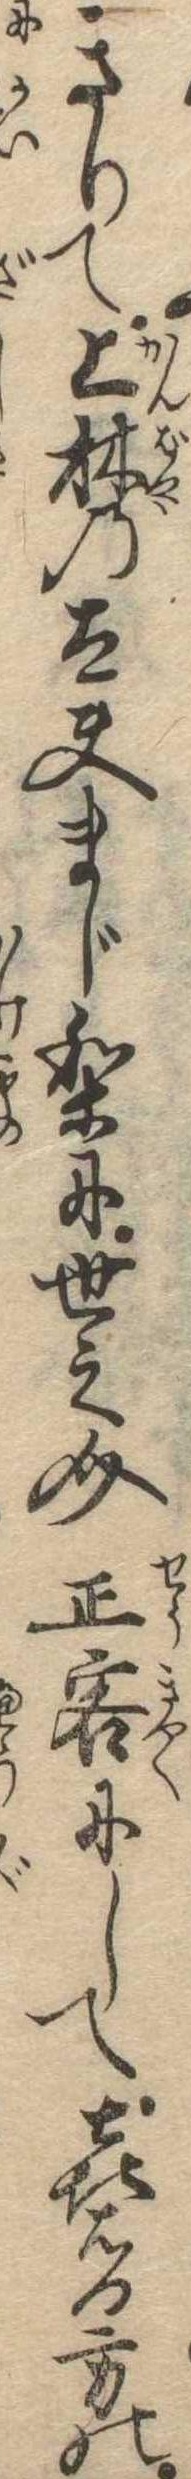
きりて上林の太夫まじりに世之介正客にして喜右門方の